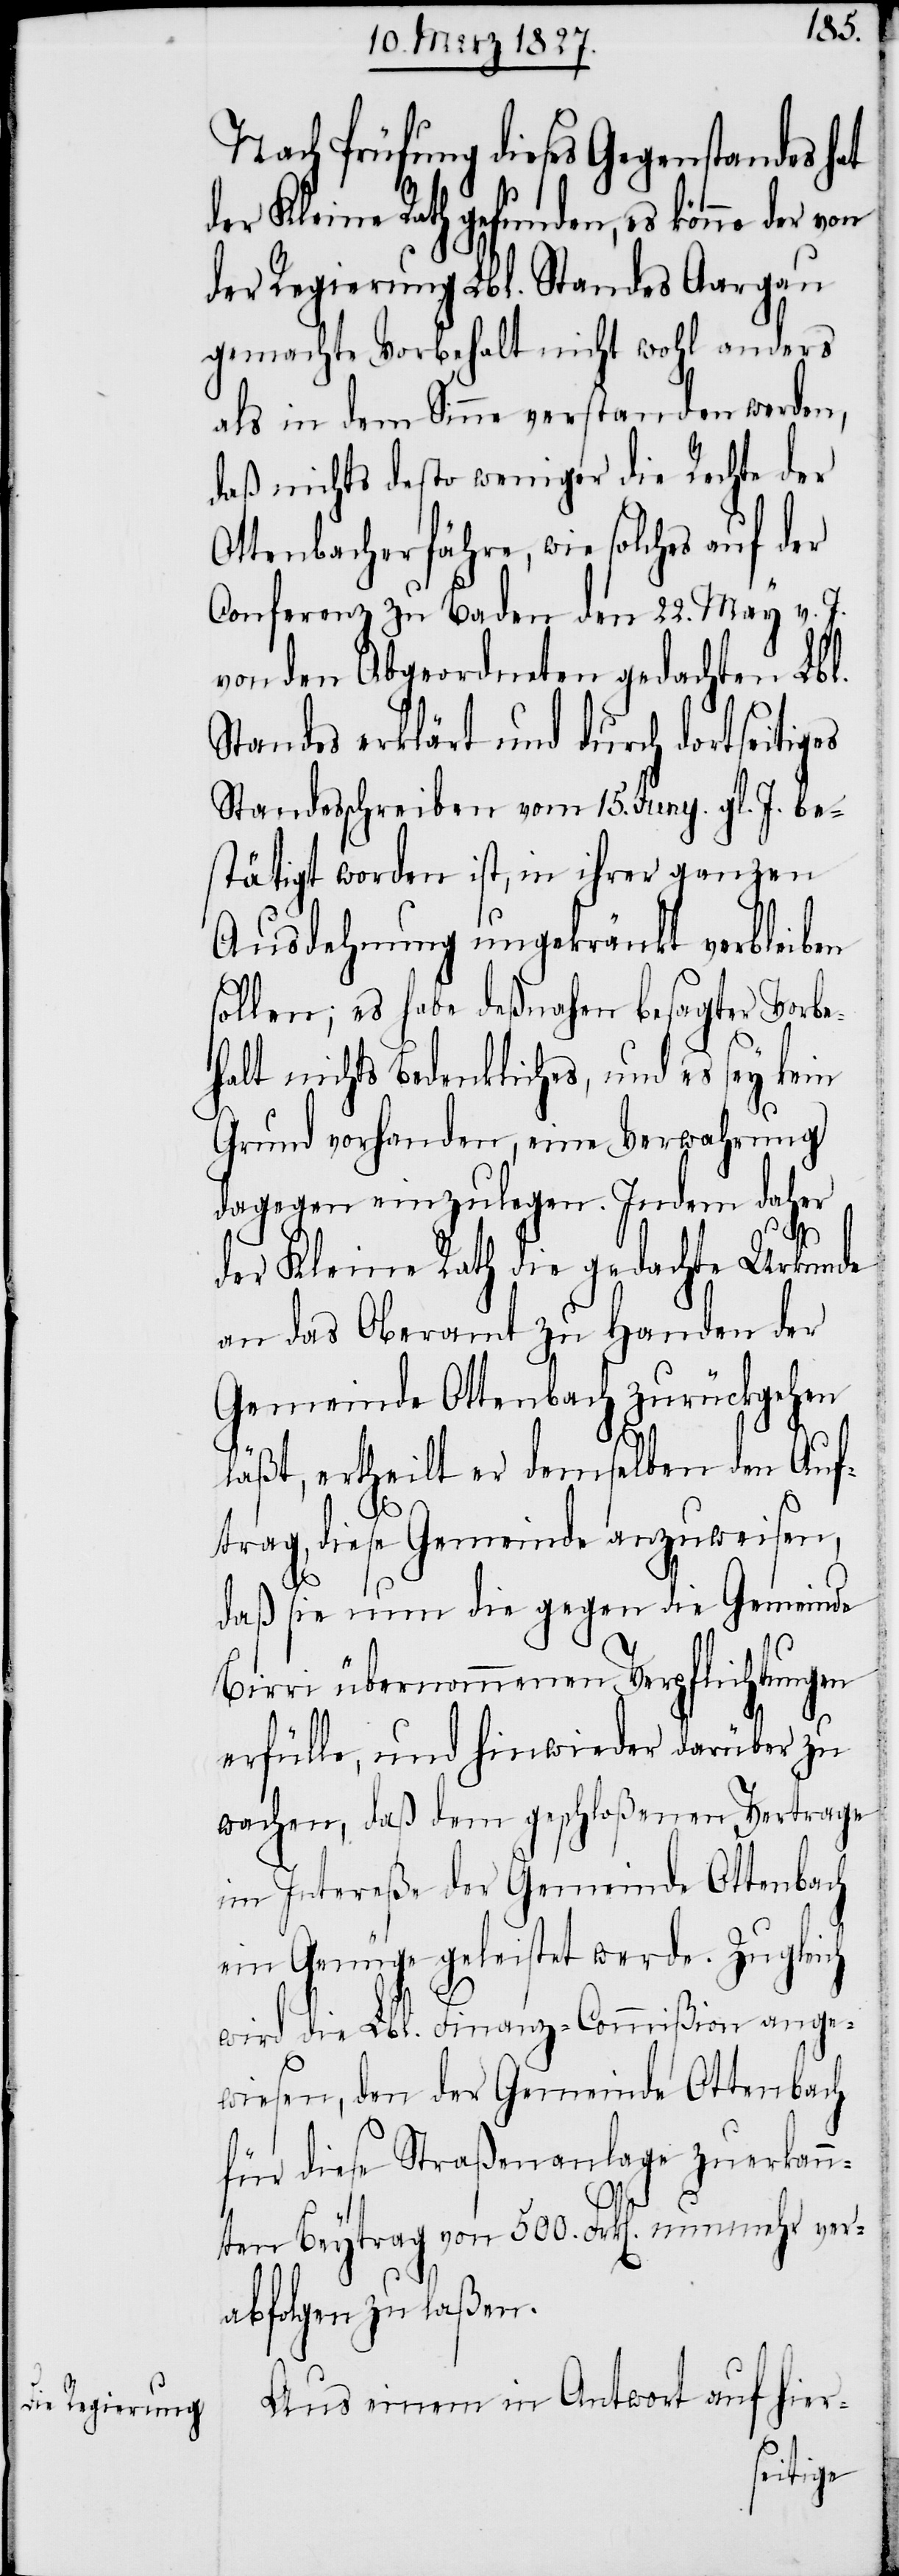
Nach Prüfung dieses Gegenstandes hat
der Kleine Rath gefunden, es könne der von
der Regierung Lbl. Standes Aargau
gemachte Vorbehalt nicht wohl anders
als in dem Sinne verstanden werden,
daß nichts desto weniger die Rechte der
Ottenbacherfähre, wie solches auf der
Conferenz zu Baden den 22. May v. J.
von den Abgeordneten gedachten Lbl.
Standes erklärt und durch dortseitig¬
Standesschreiben vom 15. Juny. gl. J. be¬
stätigt worden ist, in ihrer ganzen
Ausdehnung ungekränkt verbleiben
sollen; es habe deßnahen besagter Vorbe¬
halt nichts Bedenkliches, und es sey kein
Grund vorhanden, eine Verwahrung
dagegen einzulegen. Indem daher
der Kleine Rath die gedachte Urkunde
an das Oberamt zu Handen der
Gemeinde Ottenbach zurückgehen
läßt, ertheilt er demselben den Auf¬
trag, diese Gemeinde anzuweisen,
daß sie nun die gegen die Gemeinde
Birri übernommenen Verpflichtungen
erfülle, und hinwieder darüber zu
wachen, daß dem geschloßenen Vertrage
im Intereße der Gemeinde Ottenbach
ein Genüge geleistet werde. Zugleich
wird die Lbl. Finanz-Commißion ange¬
wiesen, den der Gemeinde Ottenbach
für diese Straßenanlage zuerkann¬
es
ten Beytrag von 500. Frk[en]. nunmehr ver¬
abfolgen zu laßen.
Aus einem in Antwort auf hier-